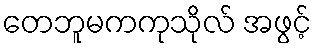
တေဘူမကကုသိုလ် အဖွင့်